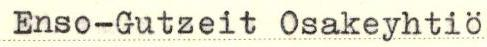
Enso-Gutzeit Osakeyhtiö